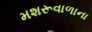
મશરૂવાળાના